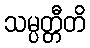
သမ္ပတ္တီတိ